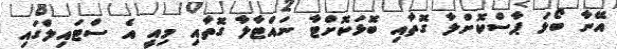
އޭނާ ބޯޅަ ޕާސްކޮށްލާ ގޮތާއި ބޮޅަކޮށްޓާ ނައްޓާލާ ގޮތާއި މިއީ އެ ސްޓައިލްގައި